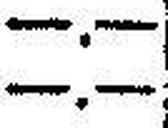
—.—